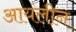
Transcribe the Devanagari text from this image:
आयलीन